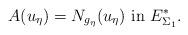
LaTeX: \begin{align*}A(u_{\eta})=N_{g_{\eta}}(u_{\eta})\ \mbox{in}\ E_{\Sigma_1}^*.\end{align*}